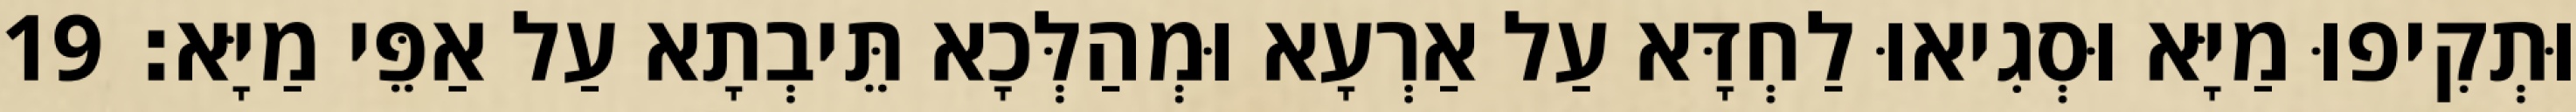
וּתְקִיפוּ מַיָּא וּסְגִיאוּ לַחְדָּא עַל אַרְעָא וּמְהַלְּכָא תֵּיבְתָא עַל אַפֵּי מַיָּא׃ 19